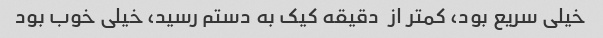
خیلی سریع بود، کمتر از  دقیقه کیک به دستم رسید، خیلی خوب بود